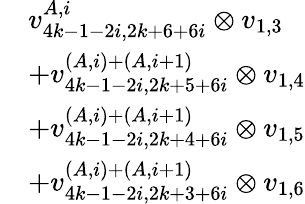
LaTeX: \begin{array}{rl}&{v_{4k-1-2i,2k+6+6i}^{A,i}\otimes v_{1,3}}\\ &{+v_{4k-1-2i,2k+5+6i}^{(A,i)+(A,i+1)}\otimes v_{1,4}}\\ &{+v_{4k-1-2i,2k+4+6i}^{(A,i)+(A,i+1)}\otimes v_{1,5}}\\ &{+v_{4k-1-2i,2k+3+6i}^{(A,i)+(A,i+1)}\otimes v_{1,6}}\end{array}